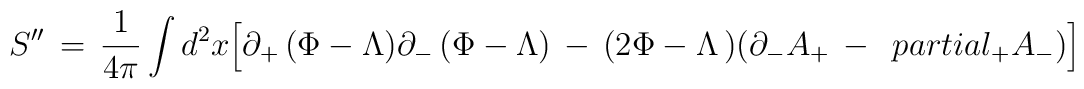
S^{\prime\prime} \,=\, {1\over 4\pi} \int d^2x \Big[ \partial_+ \,( \Phi - \Lambda )\partial_-\,( \Phi - \Lambda )\,-\, (2 \Phi - \Lambda\,) ( \partial_- A_+ \, - \,\ partial_+ A_-  )\Big]